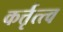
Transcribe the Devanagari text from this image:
कर्त्तृत्त्व